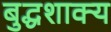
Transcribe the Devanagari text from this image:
बुद्धशाक्य